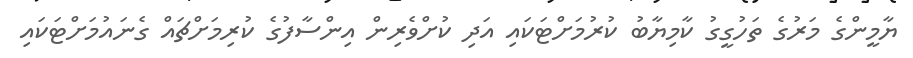
ޔާމީންގެ މަރުގެ ތަހުގީގު ކާމިޔާބު ކުރުމަށްޓަކައި އަދި ކުށްވެރިން އިންސާފުގެ ކުރިމަށްޗައް ގެނައުމަށްޓަކައި